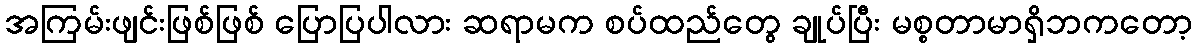
အကြမ်းဖျင်းဖြစ်ဖြစ် ပြောပြပါလား ဆရာမက စပ်ထည်တွေ ချုပ်ပြီး မစ္စတာမာရှိဘကတော့